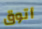
أتوق